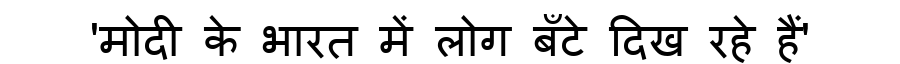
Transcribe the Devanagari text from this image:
'मोदी के भारत में लोग बँटे दिख रहे हैं'